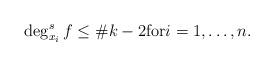
LaTeX: \begin{align*}\deg _{x_i}^sf\le \# k-2{\rm for}i=1,\ldots ,n. \end{align*}